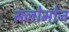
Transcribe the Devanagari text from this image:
सलोमोन